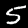
Digit: 5